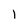
Character: 1